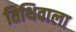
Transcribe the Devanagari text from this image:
तिथिवाला